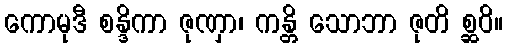
ကောမုဒီ စန္ဒိကာ ဇုဏှာ၊ ကန္တိ သောဘာ ဇုတိ စ္ဆဝိ။